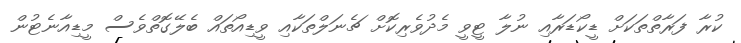
ކުރާ ފަރާތްތަކަށް ޑީކޯޑަރާއި ނުލާ ޓީވީ މެދުވެރިކޮށް ޗެނަލްތަކާއި ވީޑިއޯތައް ބެލޭގޮތްވެސް މީޑިއާނެޓުން